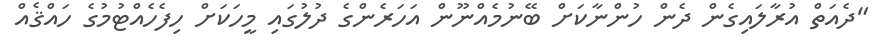
"ދެއަތް އުރާލައިގެން ދެން ހުންނާކަށް ބޭނުމެއްނޫން އަހަރެންގެ ދުލުގައި މީހަކަށް ހިފެހެއްޓުމުގެ ހައްޤެއް